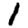
Digit: 1